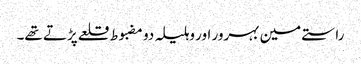
راستے مین بہرور اور وہلیلہ دو مضبوط قلعے پڑتے تھے۔